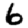
Digit: 6